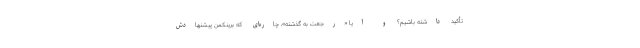
تأکید داشته باشیم؟ و آیا «رجعت به گذشته»، چاره‌ای که برینکمن پیشنهادش